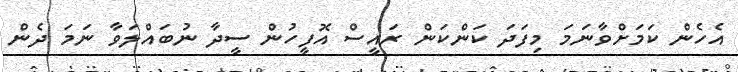
އެހެން ކަމަށްވާނަމަ މިފަދަ ކަންކަން ރައީސް އޮފީހުން ސީދާ ނުބައްލަވާ ނަމަ ދެން